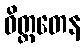
ဝိတ္ထတေန